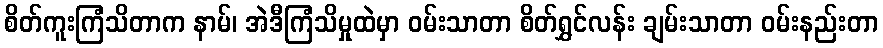
စိတ်ကူးကြံသိတာက နာမ်၊ အဲဒီကြံသိမှုထဲမှာ ဝမ်းသာတာ စိတ်ရွှင်လန်း ချမ်းသာတာ ဝမ်းနည်းတာ